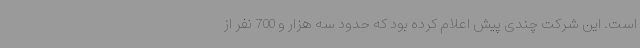
است. این شرکت چندی پیش اعلام کرده بود که حدود سه هزار و 700 نفر از